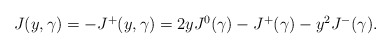
\begin{align*}\begin {array}{lcr}J(y,\gamma)=-J^{+}(y,\gamma)=2yJ^{0}(\gamma)-J^{+}(\gamma)-y^{2}J^{-}(\gamma).\end{array}\end{align*}